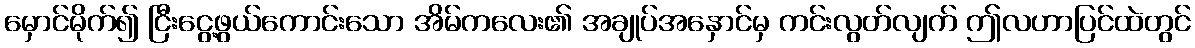
မှောင်မိုက်၍ ငြီးငွေ့ဖွယ်ကောင်းသော အိမ်ကလေး၏ အချုပ်အနှောင်မှ ကင်းလွတ်လျက် ဤလဟာပြင်ထဲတွင်